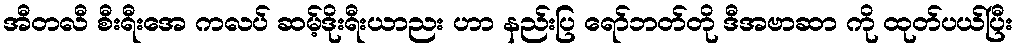
အီတလီ စီးရီးအေ ကလပ် ဆမ့်ဒိုးရီးယာညး ဟာ နည်းပြ ရော်ဘတ်တို ဒီအဗာဆာ ကို ထုတ်ပယ်ပြီး